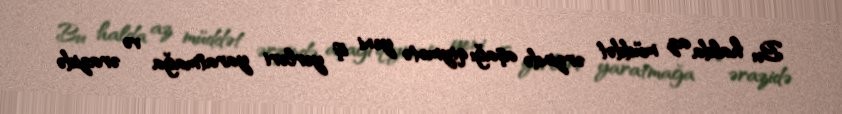
Bu halda az müddət ərzində aşağı qiymətə yeni iş yerləri yaratmağa və ərazidə